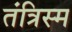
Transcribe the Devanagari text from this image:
तंत्रिस्म